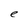
Character: e